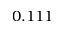
0 . 1 1 1